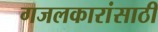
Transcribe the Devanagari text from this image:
गजलकारांसाठी